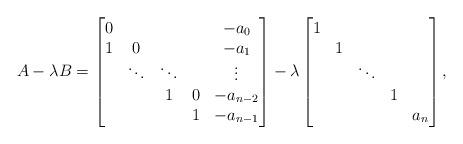
LaTeX: \begin{align*} A - \lambda B = \begin{bmatrix} 0& & & &-a_{0}\\ 1&0& & &-a_{1}\\ &\ddots&\ddots& &\vdots\\ & &1&0&-a_{n-2}\\ & & &1&-a_{n-1}\\ \end{bmatrix} - \lambda \begin{bmatrix} 1& & & &\\ &1& & &\\ & &\ddots& &\\ & & &1&\\ & & & &a_{n}\\ \end{bmatrix},\end{align*}